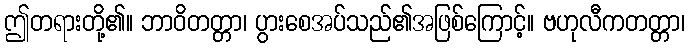
ဤတရားတို့၏။ ဘာဝိတတ္တာ၊ ပွားစေအပ်သည်၏အဖြစ်ကြောင့်။ ဗဟုလီကတတ္တာ၊